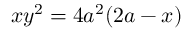
x y ^ { 2 } = 4 a ^ { 2 } ( 2 a - x )